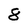
Character: 8